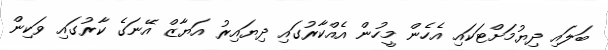
ބަލައި ދިޔުމަށްޓަކައި އެހެން މީހުން އެއްކާރުގައި ދިޔައިރު އަޔާޒް އޭނަގެ ކާރުގައި ވަކިން